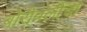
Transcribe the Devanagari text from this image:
बोरीवलीचा